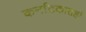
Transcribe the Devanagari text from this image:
कर्नाटकातही